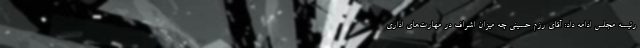
رئیسه مجلس ادامه داد: آقای رزم حسینی چه میزان اشراف در مهارت‌های اداری